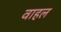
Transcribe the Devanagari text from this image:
वाहल